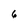
Character: 6